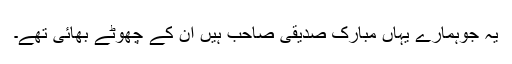
یہ جوہمارے یہاں مبارک صدیقی صاحب ہیں ان کے چھوٹے بھائی تھے۔